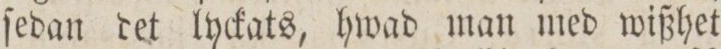
ſedan det lyckats, hwad man med wißhet